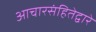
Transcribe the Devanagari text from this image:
आचारसंहितेद्वारे